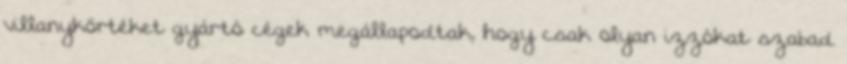
villanykörtéket gyártó cégek megállapodtak, hogy csak olyan izzókat szabad